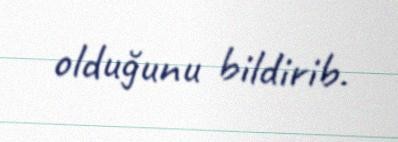
olduğunu bildirib.